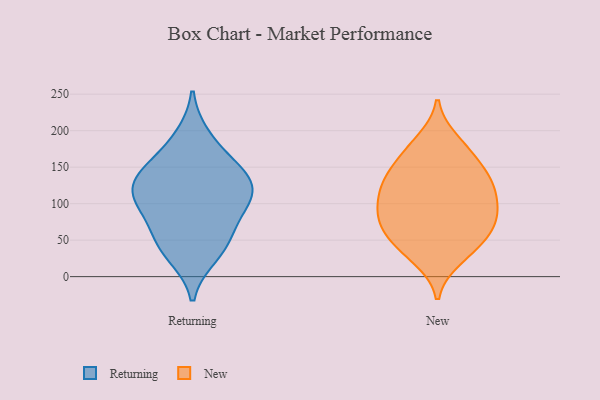
{"axis": {"x": "Revenue (USD Million)", "y": "Value"}, "legend": ["New", "Returning"], "data": [{"x": "", "y": 141, "type": "Returning"}, {"x": "", "y": 51, "type": "Returning"}, {"x": "", "y": 160, "type": "Returning"}, {"x": "", "y": 117, "type": "Returning"}, {"x": "", "y": 84, "type": "Returning"}, {"x": "", "y": 30, "type": "Returning"}, {"x": "", "y": 94, "type": "Returning"}, {"x": "", "y": 191, "type": "Returning"}, {"x": "", "y": 44, "type": "Returning"}, {"x": "", "y": 124, "type": "Returning"}, {"x": "", "y": 110, "type": "Returning"}, {"x": "", "y": 135, "type": "Returning"}, {"x": "", "y": 94, "type": "New"}, {"x": "", "y": 85, "type": "New"}, {"x": "", "y": 73, "type": "New"}, {"x": "", "y": 135, "type": "New"}, {"x": "", "y": 167, "type": "New"}, {"x": "", "y": 90, "type": "New"}, {"x": "", "y": 137, "type": "New"}, {"x": "", "y": 185, "type": "New"}, {"x": "", "y": 95, "type": "New"}, {"x": "", "y": 124, "type": "New"}, {"x": "", "y": 44, "type": "New"}, {"x": "", "y": 26, "type": "New"}, {"x": "", "y": 36, "type": "New"}, {"x": "", "y": 61, "type": "New"}, {"x": "", "y": 124, "type": "New"}, {"x": "", "y": 62, "type": "New"}, {"x": "", "y": 173, "type": "New"}, {"x": "", "y": 132, "type": "New"}]}